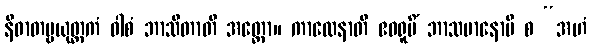
နိဓာတဗ္ဗယုတ္တကံ ဝါစံ ဘာသိတာတိ အတ္ထော။ ကာလေနာတိ ဧဝရူပိံ ဘာသမာနောပိ စ “အဟံ